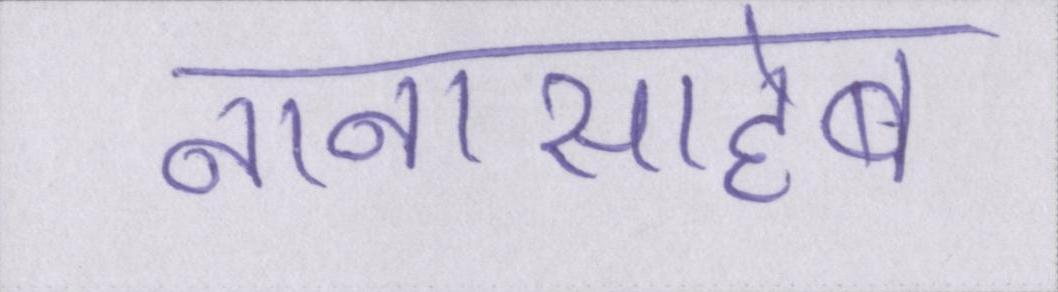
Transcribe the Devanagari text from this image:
नानासाहेब